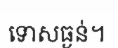
ទោសធ្ងន់។